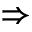
\Rightarrow